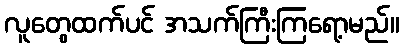
လူတွေထက်ပင် အသက်ကြီးကြရော့မည်။